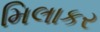
મિલાકર